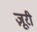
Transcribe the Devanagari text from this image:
ज़ूरी